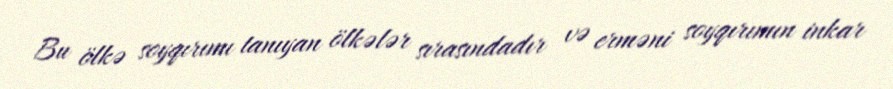
Bu ölkə soyqırımı tanıyan ölkələr sırasındadır və erməni soyqırımın inkar